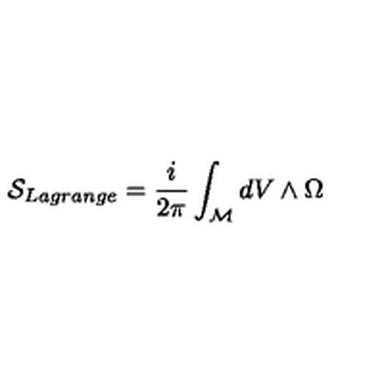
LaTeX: { \cal { S } } _ { L a g r a n g e } = \frac { i } { 2 \pi } \int _ { \cal { M } } d V \wedge \Omega { }